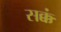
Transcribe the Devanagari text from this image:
सक्कं